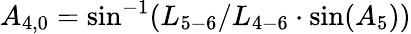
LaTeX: {A_{4,0}}=\sin^{-1}({L_{5-6}}/{L_{4-6}}\cdot\sin({A_{5}}))